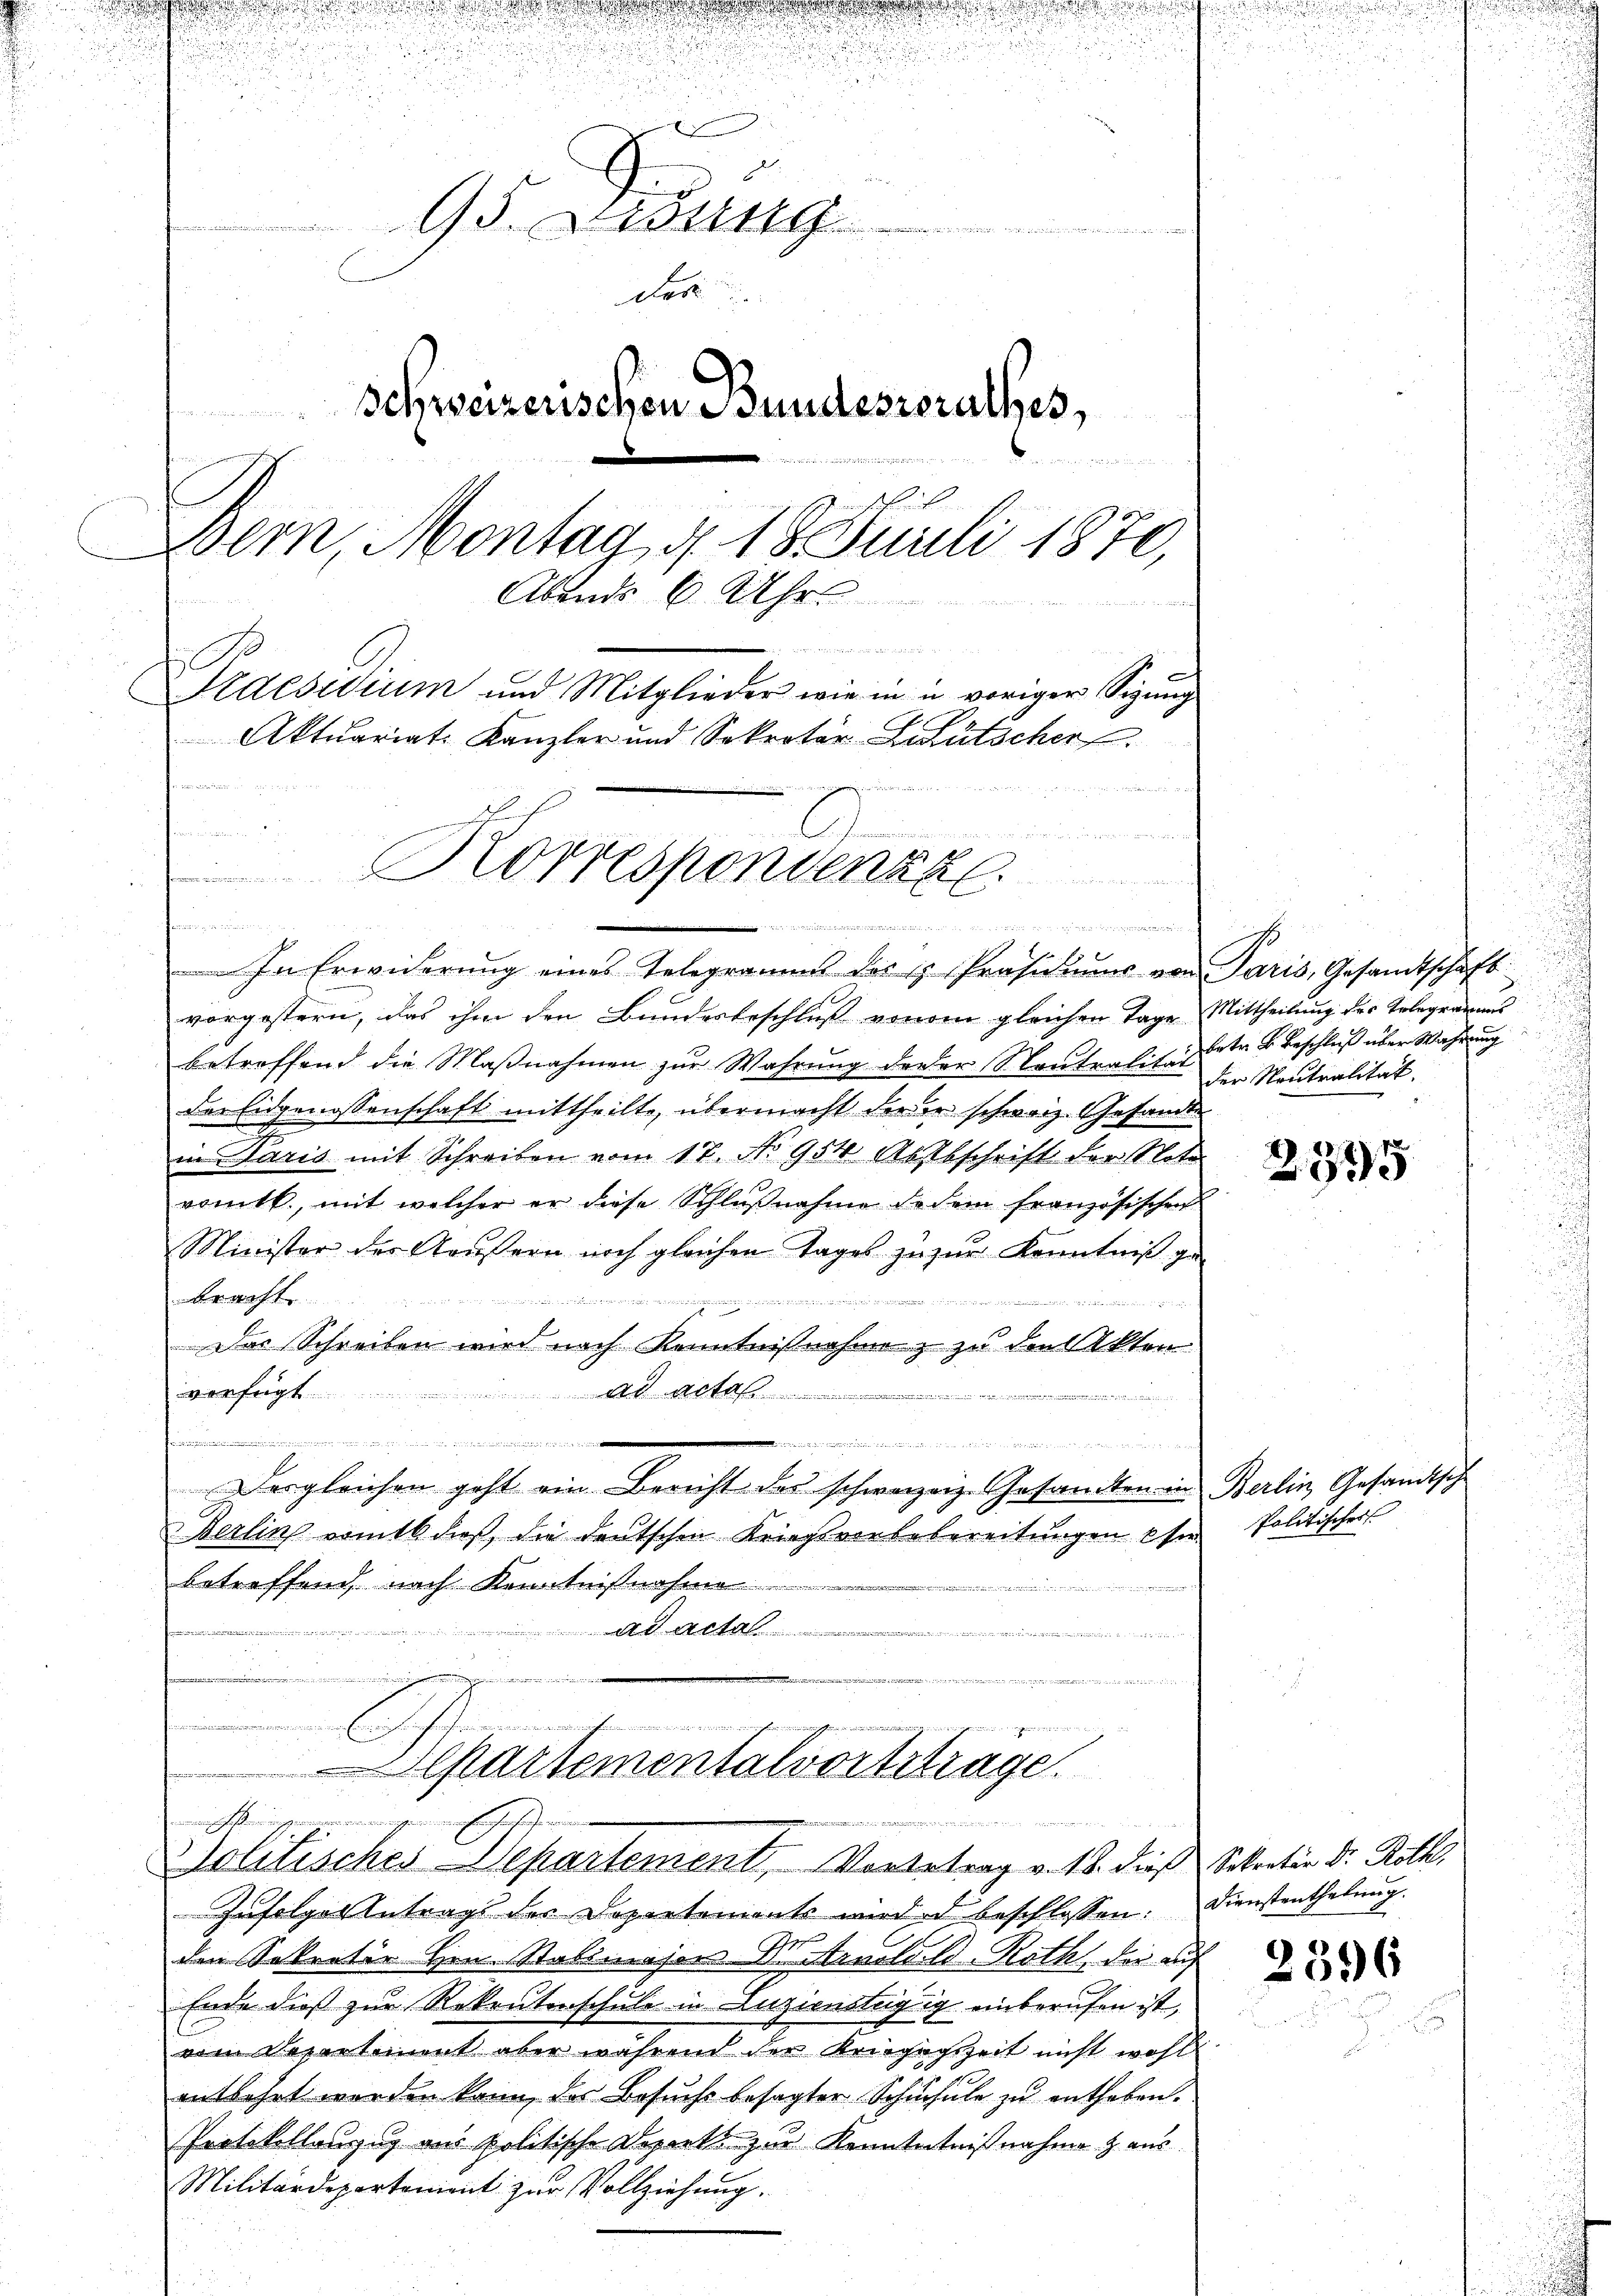
a

2

s

d

r
95. Didung
das
Schweizerischen Bundestorathes,
d
Bern, Montag, d. 18. Juli 1870,
Abends 6 Uhr.
gegen, in der
.
Praesidium und Mitglieder wie in in voriger Sigung
Aktuariat-Kanzler und Sekretär Leutscher
himmen, wenn
h
e
 und in der Gener
2
Korresponvenza.
s

vorgestern, das ihm den Bundesbeschluß vonein gleichen Tage Mittheilung des Erlegramans
betreffend die Maßnahmen zur Wahrung derer Neutralität der Neutralität.
des Eidgenossenschaft mittheilte, übermacht der er schweiz. Gesandtin Paris mit Schreiben vom 17. No 954 Absteschrift der Note
romtt., mit welcher er diese Schlŭβnahme de dem französischen
Minister der Gaußern noch gleichen Tages zu zur Kenntniß ge
unnen den vernung den und nun einen
d.

Das Schreiben wird nach Kenntnißnahme & zu den Akten
verfügt ad acta

f
aierigen versammengen, wieden zu weiche der dort zu zu durch
 nieder
Desgleichen geht ein Bericht des schweizenz. Gesandten in Berlin, Gesandtsch
Berlin romt dies, die deutschen Kriegsverbebereitŭngen Ehre Politischer
betreffend, nach Kenntnißnahme
 A
an dienen
                                          der der des in einen werde
und der wurde, wiederheinundigen i
wesen erschen werden, wenn er
mementen

Cartementalvortsträge.

e

2
olitisches Departement, Vortetrag v. 18. dieß Sekretär Dr. Roth,

In Erwiderung eines Telegramms des H. Präsidiums von Paris, Gesandtschaft

1
betr. v. Beschluß über Wahrung

Zufolge Antrags des Departements wird ad beschlossen: Dienstenthalung.
Tof
C
den Sekretär Hrn. Stabsmaser Dr. Arnoldld-Roth, die auf
Ende dieß zur Rekrutenschule in Luzienstägig einberufen ist,
vom Departement aber während der Kriegenszeit nicht wohl
entbehrt worden kann, das Besuchs besagter Schüchule zu entheben.
Protokollanzug aus politische Departs zur Kenntntnißnahme aus¬
Militärdepartement zur Vollziehung.

2335

2396